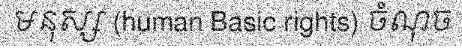
មនុស្ស (human Basic rights) ចំណុច